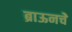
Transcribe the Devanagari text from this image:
ब्राऊनचेेे